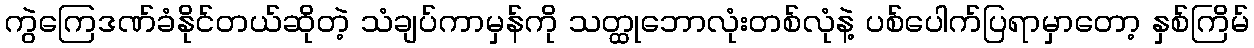
ကွဲကြေဒဏ်ခံနိုင်တယ်ဆိုတဲ့ သံချပ်ကာမှန်ကို သတ္ထုဘောလုံးတစ်လုံနဲ့ ပစ်ပေါက်ပြရာမှာတော့ နှစ်ကြိမ်